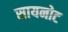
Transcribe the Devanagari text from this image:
सायनोट